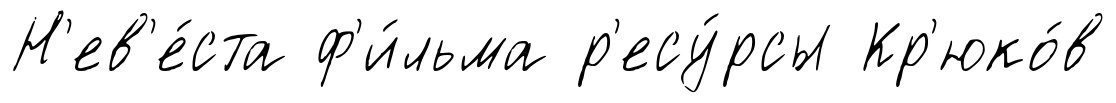
Н'ев'е́ста ф'и́льма р'есу́рсы Кр'юко́в